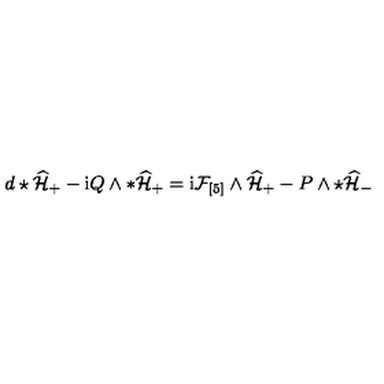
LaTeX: d \star \widehat { \mathcal { H } } _ { + } - \mathrm { i } Q \wedge * \widehat { \mathcal { H } } _ { + } = \mathrm { i } \mathcal { F } _ { [ 5 ] } \wedge \widehat { \mathcal { H } } _ { + } - P \wedge \star \widehat { \mathcal { H } } _ { - }